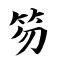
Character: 笏